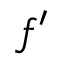
\boldsymbol { { f ^ { \prime } } }